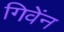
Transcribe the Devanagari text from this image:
गिवेंन